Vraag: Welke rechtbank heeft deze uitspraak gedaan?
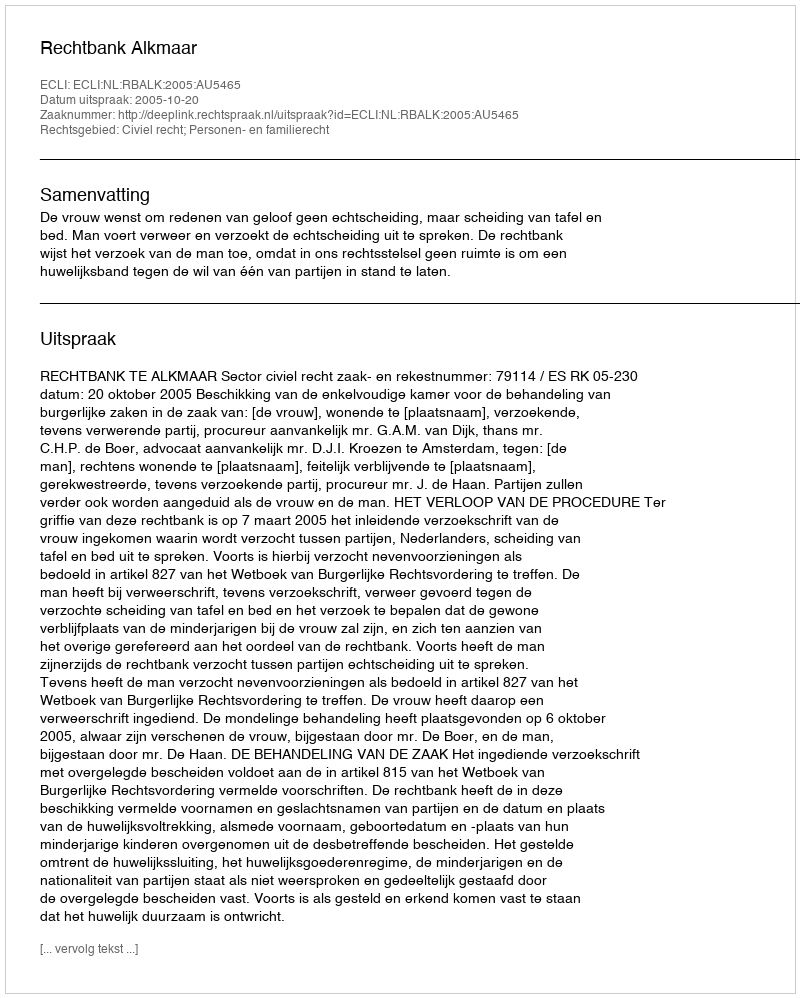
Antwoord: Rechtbank Alkmaar